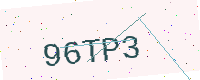
Text: 96TP3